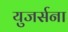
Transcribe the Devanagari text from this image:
युजर्सना